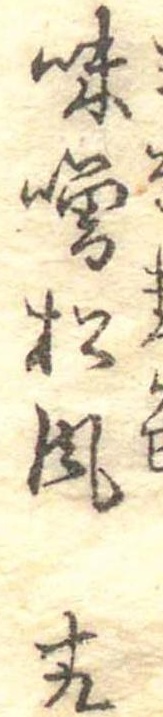
味噌松風十九